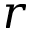
r